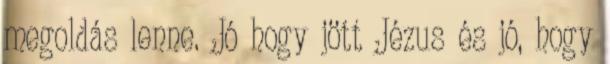
megoldás lenne. Jó hogy jött Jézus és jó, hogy